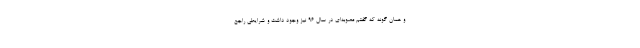
و همان گونه که گفتم مصوبه‌ای در سال ۹۶ نیز وجود داشت و شرایطی راجع